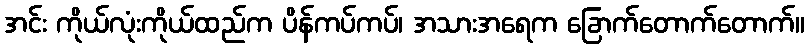
အင်း ကိုယ်လုံးကိုယ်ထည်က ပိန်ကပ်ကပ်၊ အသားအရေက ခြောက်တောက်တောက်။